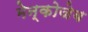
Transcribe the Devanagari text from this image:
मेन्कोजेब